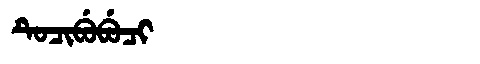
Manchu: ᡨᡠᠴᡳᠪᡠᠪᡠᠴᡳ
Romanization: TUCIBUBUCI